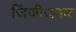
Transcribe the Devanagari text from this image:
जिंजीजवळ